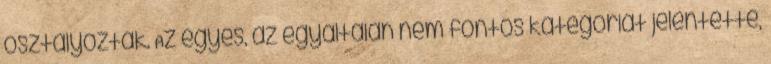
osztályozták. Az egyes, az egyáltalán nem fontos kategóriát jelentette,